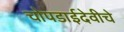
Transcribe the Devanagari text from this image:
चोपडाईदेवीचे